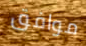
موافق